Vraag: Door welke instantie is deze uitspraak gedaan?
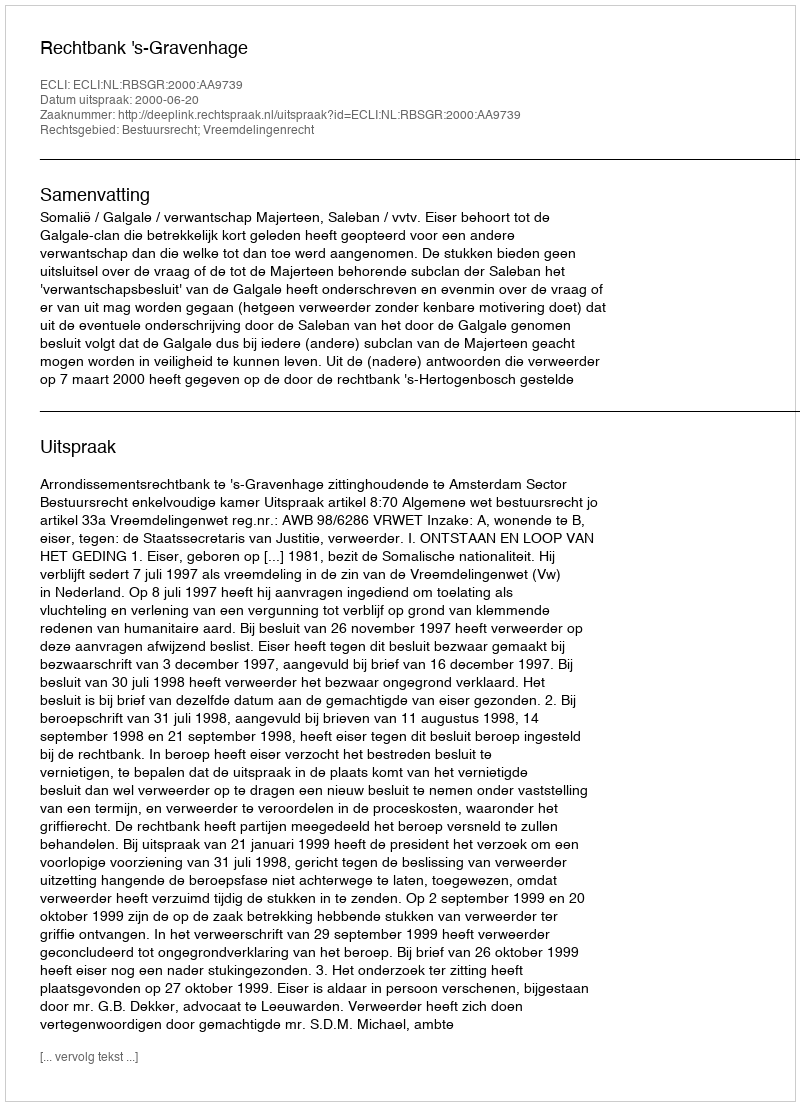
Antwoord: Rechtbank 's-Gravenhage